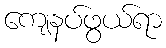
ကျေနပ်ဖွယ်ရာ